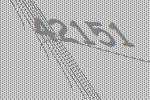
42151